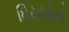
ધિરાણોનો